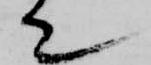
て